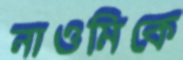
নাওমিকে